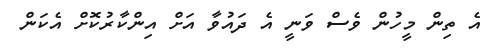
އެ ތިން މީހުން ވެސް ވަނީ އެ ދައުވާ އަށް އިންކާރުކޮށް އެކަން